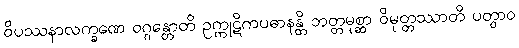
ဝိပဿနာလက္ခဏေ ဝဂ္ဂန္တောတိ ဥက္ကုဋိကပဓာနန္တိ ဘတ္တမုစ္ဆာ ဝိမုတ္တဿာတိ ပတွာဝ